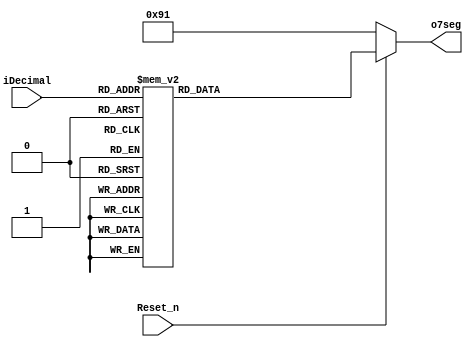
module decimal_7seg(
input Reset_n,
input [3:0] iDecimal,
output reg [7:0] o7seg
);
always@(*)begin
	if(Reset_n)begin
		case(iDecimal)
			4'd0:o7seg = 8'b00000011;
			4'd1:o7seg = 8'b10011111;
			4'd2:o7seg = 8'b00100101;
			4'd3:o7seg = 8'b00001101;
			4'd4:o7seg = 8'b10011001;
			4'd5:o7seg = 8'b01001001;
			4'd6:o7seg = 8'b01000001;
			4'd7:o7seg = 8'b00011111;
			4'd8:o7seg = 8'b00000001;
			4'd9:o7seg = 8'b00001001;
			4'd10:o7seg = 8'b00010001;
			4'd11:o7seg = 8'b11000001;
			4'd12:o7seg = 8'b11100101;
			4'd13:o7seg = 8'b10000101;
			4'd14:o7seg = 8'b01100001;
			4'd15:o7seg = 8'b01110001;
		endcase
	end else o7seg = 8'b10010001;
end
endmodule